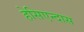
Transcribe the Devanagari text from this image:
हेसिएन्दास